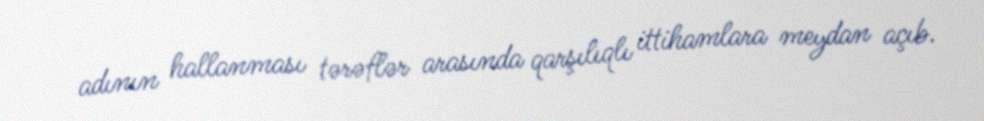
adının hallanması tərəflər arasında qarşılıqlı ittihamlara meydan açıb.